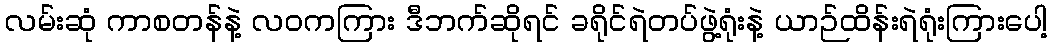
လမ်းဆုံ ကာစတန်နဲ့ လဝကကြား ဒီဘက်ဆိုရင် ခရိုင်ရဲတပ်ဖွဲ့ရုံးနဲ့ ယာဉ်ထိန်းရဲရုံးကြားပေါ့